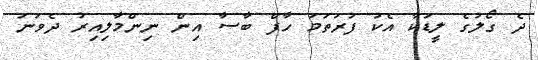
ދެ ގޯލުގެ ލީޑަކާ އެކު ފުރަތަމަ ހާފް ބާސާ އިން ނިންމާލިއިރު ދެވަނަ